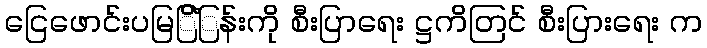
ငြေဖောင်းပမြြိံြန်းကို စီးပြာရေး ဋ္ဌကိတြင် စီးပြားရေး က